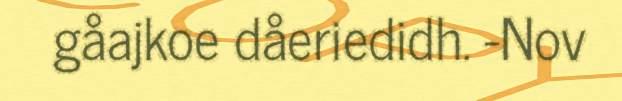
gåajkoe dåeriedidh. -Nov